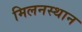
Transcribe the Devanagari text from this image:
मिलनस्थान